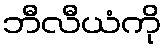
ဘီလီယံကို